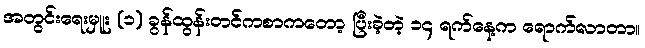
အတွင်းရေးမှူး (၁) ခွန်ထွန်းတင်ကစာကတော့ ပြီးခဲ့တဲ့ ၁၄ ရက်နေ့က ရောက်လာတာ။